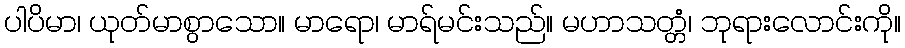
ပါပိမာ၊ ယုတ်မာစွာသော။ မာရော၊ မာရ်မင်းသည်။ မဟာသတ္တံ၊ ဘုရားလောင်းကို။